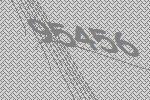
95456